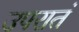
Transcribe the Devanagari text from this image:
उपरातं